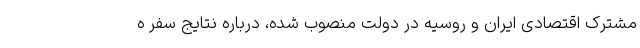
مشترک اقتصادی ایران و روسیه در دولت منصوب شده، درباره نتایج سفر ه